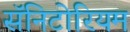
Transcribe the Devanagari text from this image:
सॅनिटोरियम